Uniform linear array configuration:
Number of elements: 48
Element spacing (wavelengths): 0.75
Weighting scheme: exponential
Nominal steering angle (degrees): -45
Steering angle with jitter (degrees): -45.135
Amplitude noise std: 0.05
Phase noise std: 0.05

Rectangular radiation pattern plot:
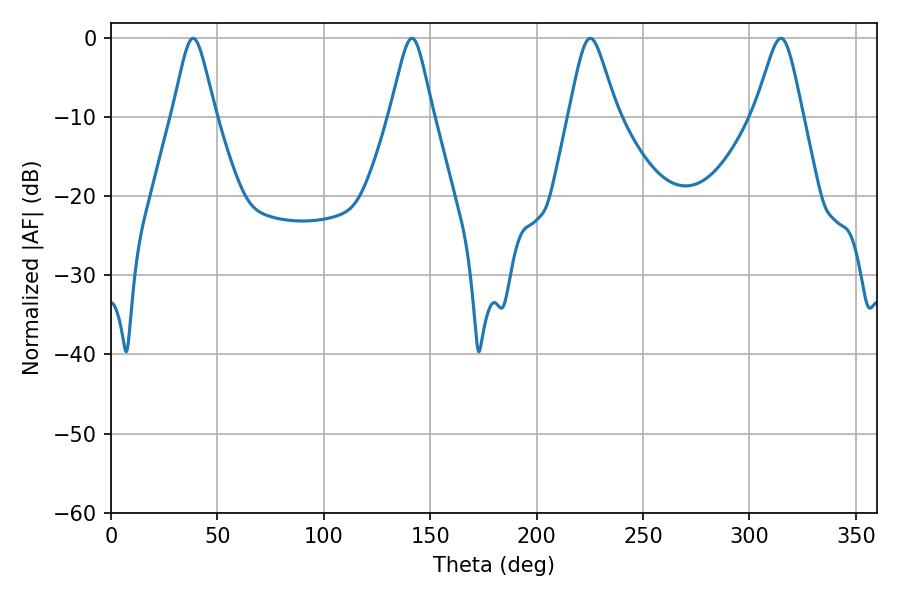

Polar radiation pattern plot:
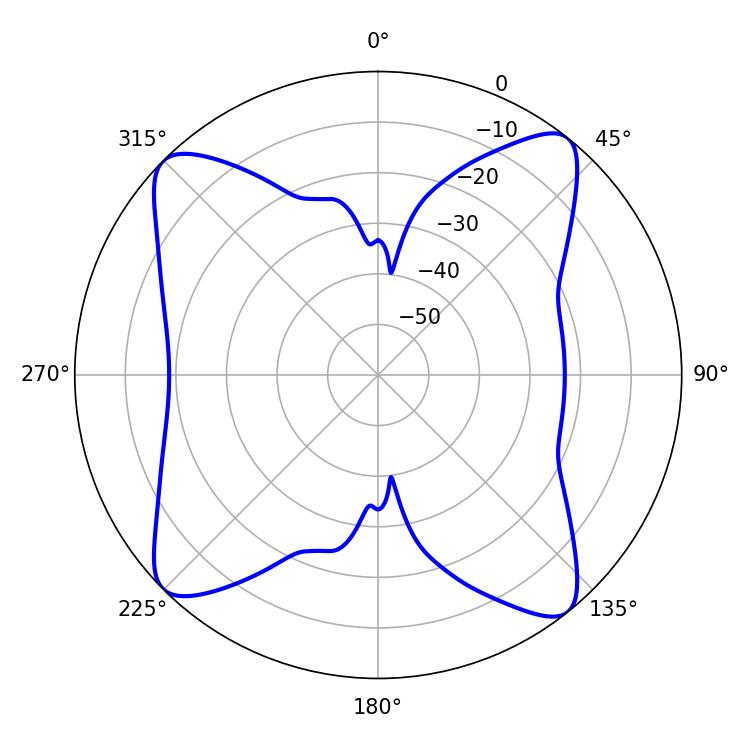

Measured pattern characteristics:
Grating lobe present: TRUE
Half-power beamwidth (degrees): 10.8
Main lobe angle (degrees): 225.18